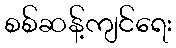
စစ်ဆန့်ကျင်ရေး